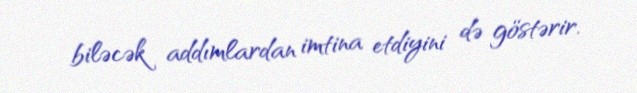
biləcək addımlardan imtina etdiyini də göstərir.